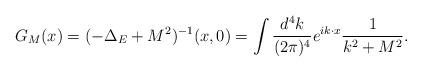
LaTeX: \begin{align*}G_M(x) = (-\Delta_E+M^2)^{-1}(x,0)= \int {d^4k \over (2\pi)^4} e^{ik \cdot x} {1 \over k^2+M^2} .\end{align*}